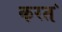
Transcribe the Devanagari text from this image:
करत॓